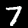
Digit: 7